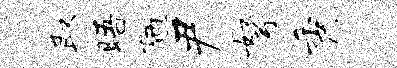
取晤陋尹弩秀